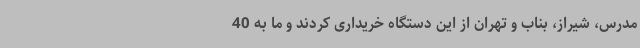
مدرس، شیراز، بناب و تهران از این دستگاه خریداری کردند و ما به 40